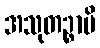
အသုတဉ္စာပိ